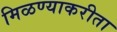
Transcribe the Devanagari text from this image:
मिळण्याकरीता